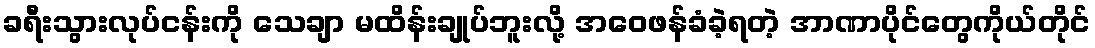
ခရီးသွားလုပ်ငန်းကို သေချာ မထိန်းချုပ်ဘူးလို့ အဝေဖန်ခံခဲ့ရတဲ့ အာဏာပိုင်တွေကိုယ်တိုင်